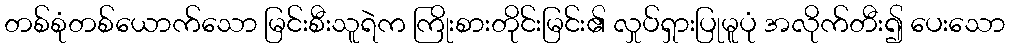
တစ်စုံတစ်ယောက်သော မြင်းစီးသူရဲက ကြိုးစားတိုင်းမြင်း၏ လှုပ်ရှားပြုမူပုံ အလိုက်တီး၍ ပေးသော